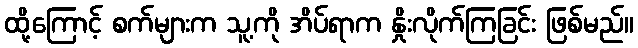
ထို့ကြောင့် စက်များက သူ့ကို အိပ်ရာက နှိုးလိုက်ကြခြင်း ဖြစ်မည်။